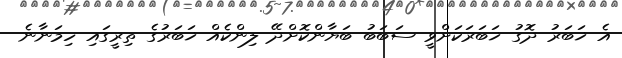
އެ ޚަބަރު ދޮގު ޚަބަރަކަށްވީ ސަބަބު ބަޔާންކޮށްދޭ ލިންކެއް ޚަބަރުގެ ތިރީގައި ހިމަނާނެ